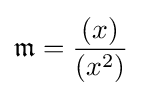
{\mathfrak {m}}={\frac {(x)}{(x^{2})}}